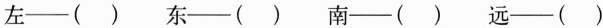
左—( )东—( )南—( )远—( )